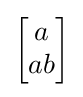
{\begin{bmatrix}a\\ab\end{bmatrix}}